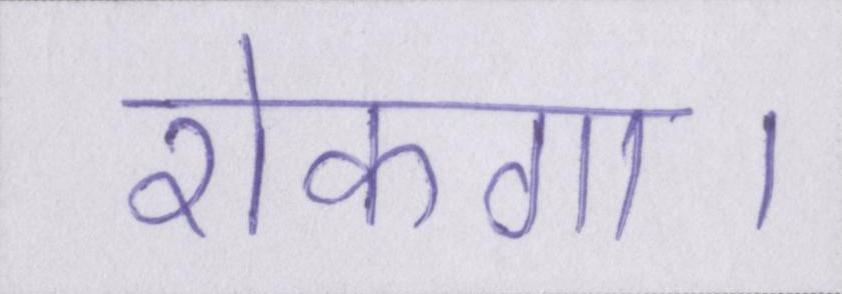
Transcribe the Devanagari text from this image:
रोकगा।